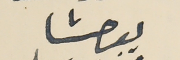
يوحنا